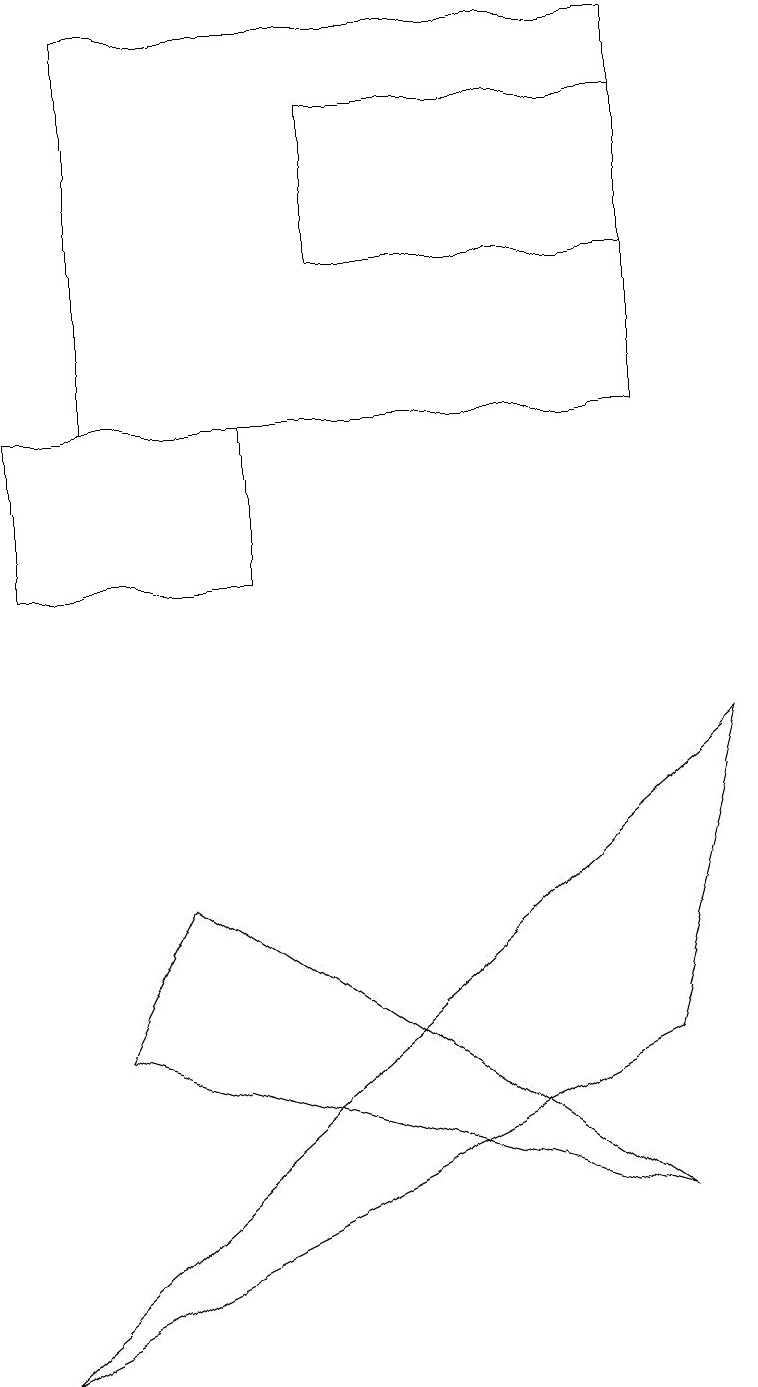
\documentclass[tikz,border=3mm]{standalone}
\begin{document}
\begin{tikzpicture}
\draw (8,17) rectangle (4,15);
\draw (0,1) -- (8,5) -- (9,9) -- cycle;
\draw (1,13) rectangle (8,18);
\draw (8,3) -- (2,7) -- (1,5) -- cycle;
\draw (0,13) rectangle (3,11);
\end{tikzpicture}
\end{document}